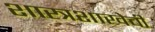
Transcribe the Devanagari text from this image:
शास्त्रशाखेची